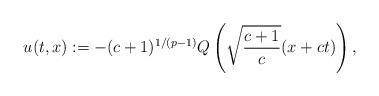
LaTeX: \begin{align*}u(t,x):=-(c+1)^{1/(p-1)}Q\left(\sqrt{\frac{c+1}{c}} (x+ ct)\right),\end{align*}